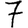
Digit: 7